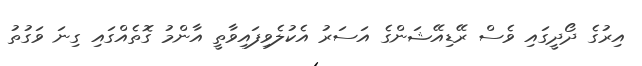
އިރުގެ ދޯދީގައި ވެސް ރޭޑިއޭޝަންގެ އަސަރު އެކުލެވިފައިވާތީ އާންމު ގޮތެއްގައި ގިނަ ވަގުތު